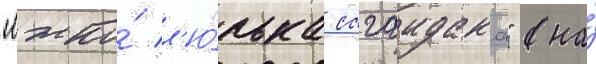
"лжко́ л'ю́лька сагаидака" (на́